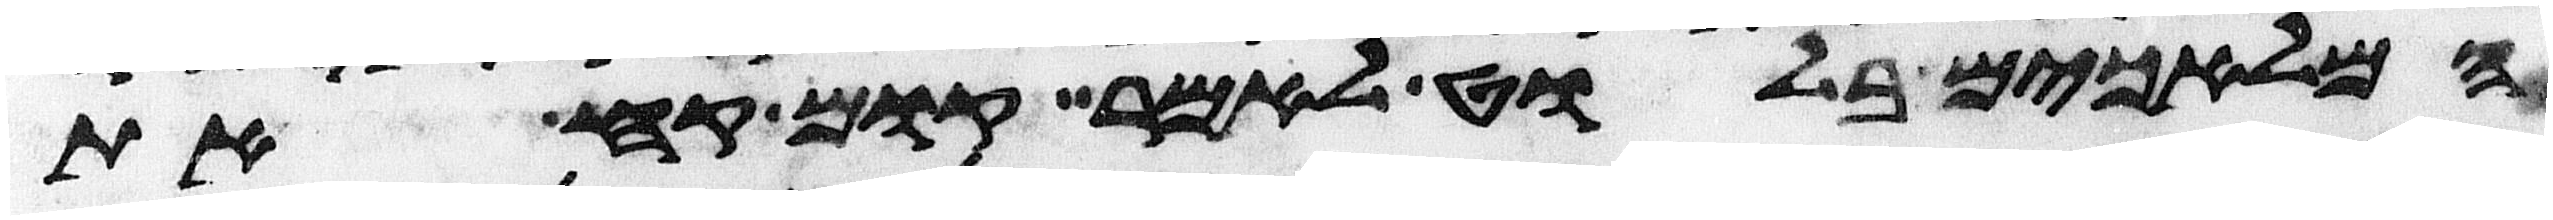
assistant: המלאכים בלוט לאמר קום קח את